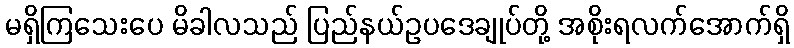
မရှိကြသေးပေ မိခါလသည် ပြည်နယ်ဥပဒေချုပ်တို့ အစိုးရလက်အောက်ရှိ